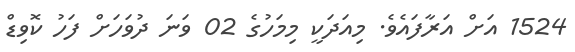
1524 އަށް އަރާފައެވެ. މިއަދަކީ މިމަހުގެ 02 ވަނަ ދުވަހަށް ފަހު ކޮވިޑް